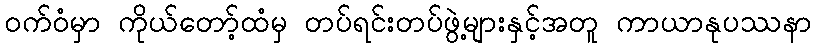
ဝက်ဝံမှာ ကိုယ်တော့်ထံမှ တပ်ရင်းတပ်ဖွဲ့များနှင့်အတူ ကာယာနုပဿနာ